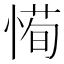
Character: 𫺰